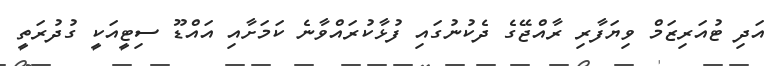
އަދި ޓުއަރިޒަމް ވިޔަފާރި ރާއްޖޭގެ ދެކުނުގައި ފުޅާކުރައްވާނެ ކަމަށާއި އައްޑޫ ސިޓީއަކީ ގުދުރަތީ